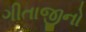
ગીતાજીનો